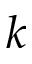
k